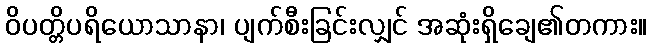
ဝိပတ္တိပရိယောသာနာ၊ ပျက်စီးခြင်းလျှင် အဆုံးရှိချေ၏တကား။